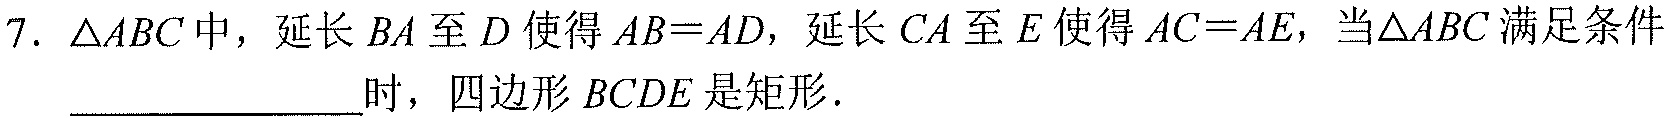
7. \(\triangle ABC\) 中，延长 \(BA\) 至 \(D\) 使得 \(AB = AD\)，延长 \(CA\) 至 \(E\) 使得 \(AC = AE\)，当\(\triangle ABC\) 满足条件 \(\underline{\qquad\qquad}\)时，四边形 \(BCDE\) 是矩形.